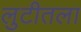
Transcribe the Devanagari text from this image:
लुटीतला